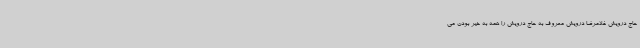
حاج درویش غلامرضا درویش معروف به حاج درویش را همه به خیر بودن می‌